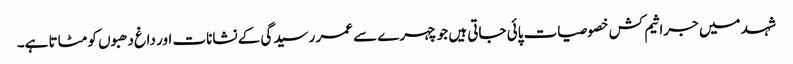
شہد میں جراثیم کش خصوصیات پائی جاتی ہیں جو چہرے سے عمر رسیدگی کے نشانات اور داغ دھبوں کو مٹاتا ہے۔